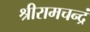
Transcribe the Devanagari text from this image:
श्रीरामचन्द्रं